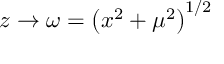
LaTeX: z \rightarrow \omega = \left( x ^ { 2 } + \mu ^ { 2 } \right) ^ { 1 / 2 }